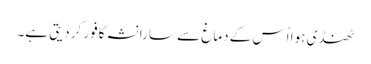
ٹھنڈی ہوا اُس کے دماغ سے سارا نشہ کافور کر دیتی ہے۔